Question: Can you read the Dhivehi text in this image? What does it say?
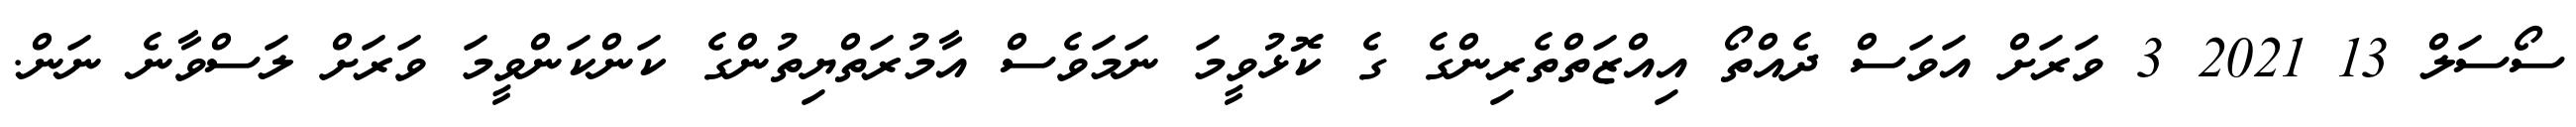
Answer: ސޯސަލް 13 2021 3 ވަރަށް އަވަސް ދެއްތޯ އިއްޒަތްތެރިންގެ ގެ ކޮޅުވީމަ ނަމަވެސް އާމުރަތްޔިތުންގެ ކަންކަންވީމަ ވަރަށް ލަސްވާނެ ނަން.